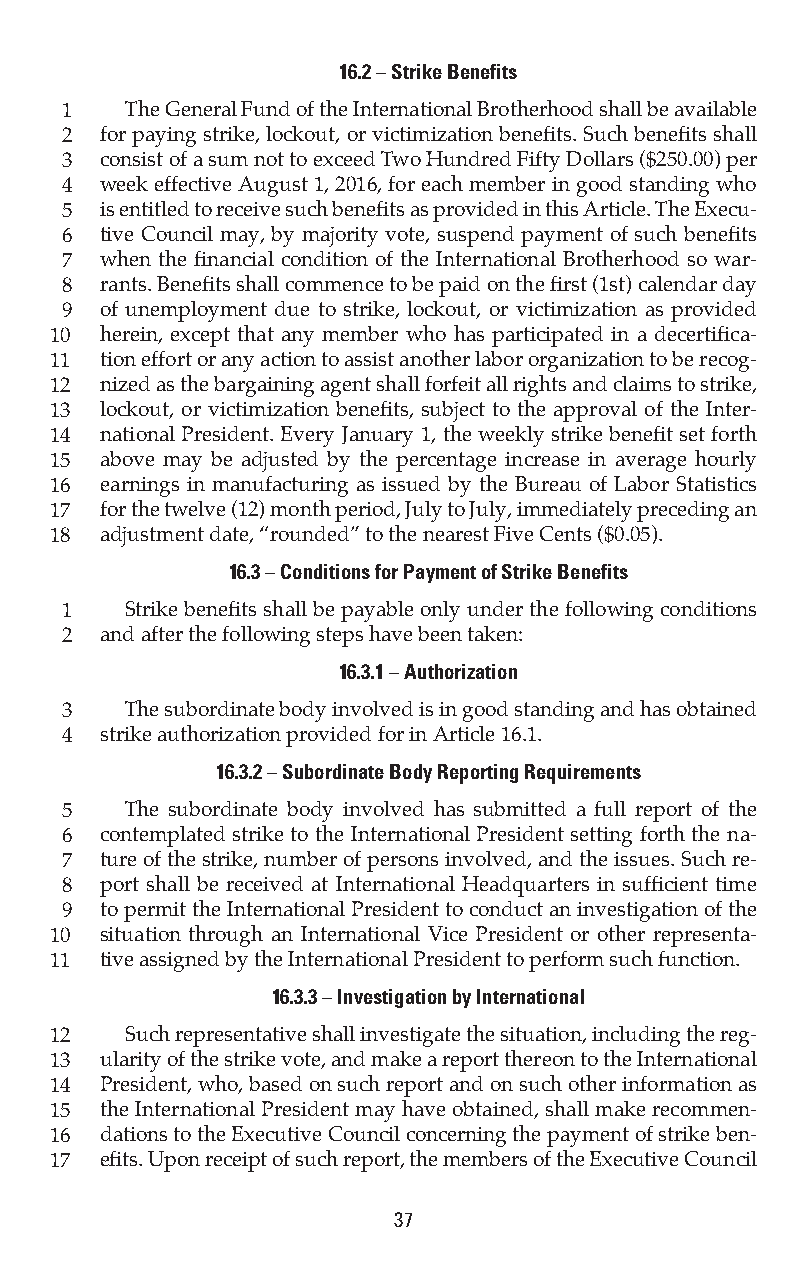
16.2 – Strike Benefits
 1   The General Fund of the International Brotherhood shall be available
 2  for paying strike, lockout, or victimization benefits. Such benefits shall
 3  consist of a sum not to exceed Two Hundred Fifty Dollars ($250.00) per
 4  week effective August 1, 2016, for each member in good standing who
 5  is entitled to receive such benefits as provided in this Article. The Execu-
 6  tive Council may, by majority vote, suspend payment of such benefits
 7  when the financial condition of the International Brotherhood so war-
 8  rants. Benefits shall commence to be paid on the first (1st) calendar day
 9  of unemployment due to strike, lockout, or victimization as provided
 10  herein, except that any member who has participated in a decertifica-
 11  tion effort or any action to assist another labor organization to be recog-
 12  nized as the bargaining agent shall forfeit all rights and claims to strike,
 13  lockout, or victimization benefits, subject to the approval of the Inter-
 14  national President. Every January 1, the weekly strike benefit set forth
 15  above may be adjusted by the percentage increase in average hourly
 16  earnings in manufacturing as issued by the Bureau of Labor Statistics
 17  for the twelve (12) month period, July to July, immediately preceding an
 18  adjustment date, “rounded” to the nearest Five Cents ($0.05).
 16.3 – Conditions for Payment of Strike Benefits
 1   Strike benefits shall be payable only under the following conditions
 2  and after the following steps have been taken:
 16.3.1 – Authorization
 3   The subordinate body involved is in good standing and has obtained
 4  strike authorization provided for in Article 16.1.
 16.3.2 – Subordinate Body Reporting Requirements
 5   The subordinate body involved has submitted a full report of the
 6  contemplated strike to the International President setting forth the na-
 7  ture of the strike, number of persons involved, and the issues. Such re-
 8  port shall be received at International Headquarters in sufficient time
 9  to permit the International President to conduct an investigation of the
 10  situation through an International Vice President or other representa-
 11  tive assigned by the International President to perform such function.
 16.3.3 – Investigation by International
 12   Such representative shall investigate the situation, including the reg-
 13  ularity of the strike vote, and make a report thereon to the International
 14  President, who, based on such report and on such other information as
 15  the International President may have obtained, shall make recommen-
 16  dations to the Executive Council concerning the payment of strike ben-
 17  efits. Upon receipt of such report, the members of the Executive Council
 37